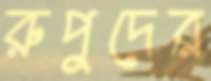
রুপুদের